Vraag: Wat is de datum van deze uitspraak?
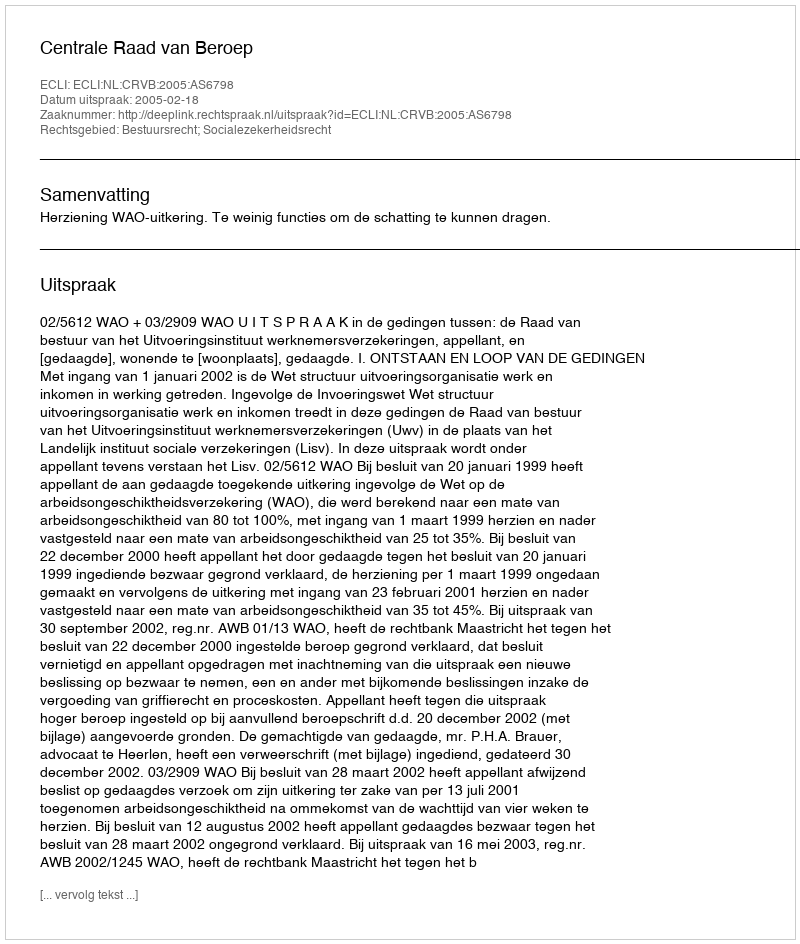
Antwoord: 2005-02-18